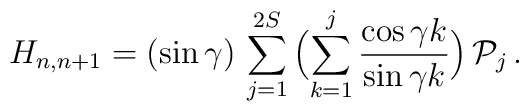
H_{n,n+1} = (\sin\gamma) \, \sum_{j=1}^{2S} \, \Bigl( \sum_{k=1}^{j} \frac{\cos \gamma k}{\sin \gamma k} \Bigr) \, {\cal P}_j \,.